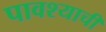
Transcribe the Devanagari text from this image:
पावश्याची